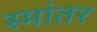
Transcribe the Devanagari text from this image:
स्मांतर